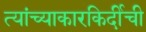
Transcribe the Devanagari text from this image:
त्यांच्याकारकिर्दीची